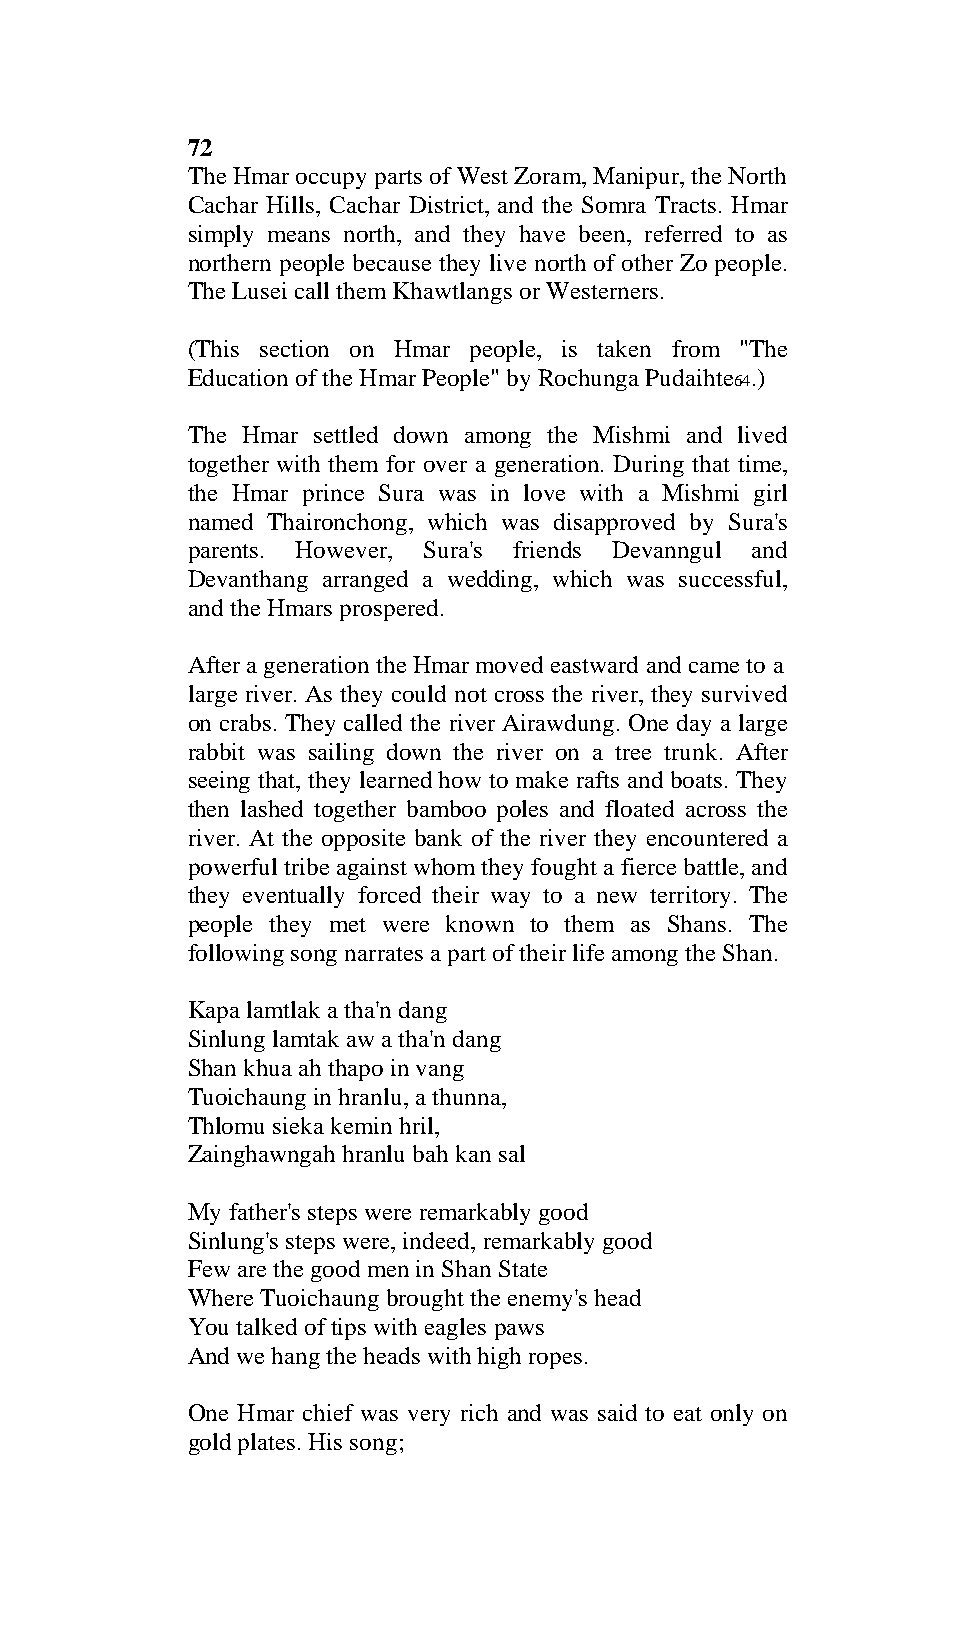
72
 The Hmar occupy parts of West Zoram, Manipur, the North
 Cachar Hills, Cachar District, and the Somra Tracts. Hmar
 simply means north, and they have been, referred to as
 northern people because they live north of other Zo people.
 The Lusei call them Khawtlangs or Westerners.
 (This section on Hmar people, is taken from "The
 Education of the Hmar People" by Rochunga Pudaihte .)
 64
 The Hmar settled down among the Mishmi and lived
 together with them for over a generation. During that time,
 the Hmar prince Sura was in love with a Mishmi girl
 named Thaironchong, which was disapproved by Sura's
 parents. However, Sura's friends Devanngul and
 Devanthang arranged a wedding, which was successful,
 and the Hmars prospered.
 After a generation the Hmar moved eastward and came to a
 large river. As they could not cross the river, they survived
 on crabs. They called the river Airawdung. One day a large
 rabbit was sailing down the river on a tree trunk. After
 seeing that, they learned how to make rafts and boats. They
 then lashed together bamboo poles and floated across the
 river. At the opposite bank of the river they encountered a
 powerful tribe against whom they fought a fierce battle, and
 they eventually forced their way to a new territory. The
 people they met were known to them as Shans. The
 following song narrates a part of their life among the Shan.
 Kapa lamtlak a tha'n dang
 Sinlung lamtak aw a tha'n dang
 Shan khua ah thapo in vang
 Tuoichaung in hranlu, a thunna,
 Thlomu sieka kemin hril,
 Zainghawngah hranlu bah kan sal
 My father's steps were remarkably good
 Sinlung's steps were, indeed, remarkably good
 Few are the good men in Shan State
 Where Tuoichaung brought the enemy's head
 You talked of tips with eagles paws
 And we hang the heads with high ropes.
 One Hmar chief was very rich and was said to eat only on
 gold plates. His song;